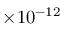
\times 1 0 ^ { - 1 2 }